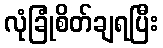
လုံခြုံစိတ်ချရပြီး